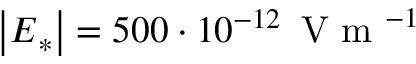
\left| \boldsymbol E _ { * } \right| = 5 0 0 \cdot 1 0 ^ { - 1 2 } \, \mathrm { ~ V ~ m ~ } ^ { - 1 }